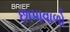
છાપાવાળો